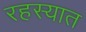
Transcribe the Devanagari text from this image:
रहस्यात